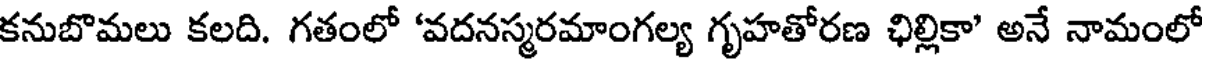
కనుబొమలు కలది. గతంలో 'వదనస్మరమాంగల్య గృహతోరణ ఛిల్లికా' అనే నామంలో